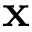
\mathbf { x }